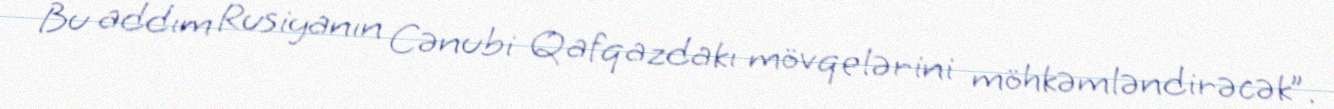
Bu addım Rusiyanın Cənubi Qafqazdakı mövqelərini möhkəmləndirəcək”.